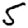
Digit: 5